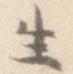
生